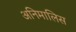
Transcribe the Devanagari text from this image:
अनिमालिस